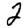
Digit: 2